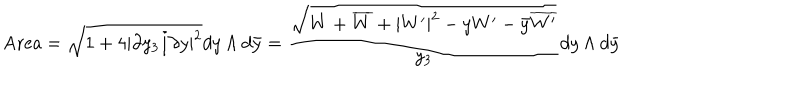
LaTeX: \mathrm { A r e a } = \sqrt { 1 + 4 | \partial y _ { 3 } / \partial y | ^ { 2 } } d y \wedge d \bar { y } = { \frac { \sqrt { W + \overline { { { W } } } + | W ^ { \prime } | ^ { 2 } - y W ^ { \prime } - \bar { y } \overline { { { W ^ { \prime } } } } } } { y _ { 3 } } } d y \wedge d \bar { y }